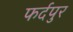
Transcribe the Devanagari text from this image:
फर्दपुर